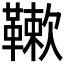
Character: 𩌱